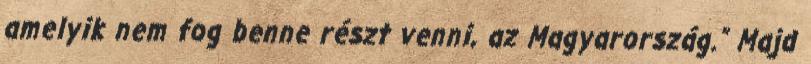
amelyik nem fog benne részt venni, az Magyarország.” Majd